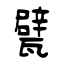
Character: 甓